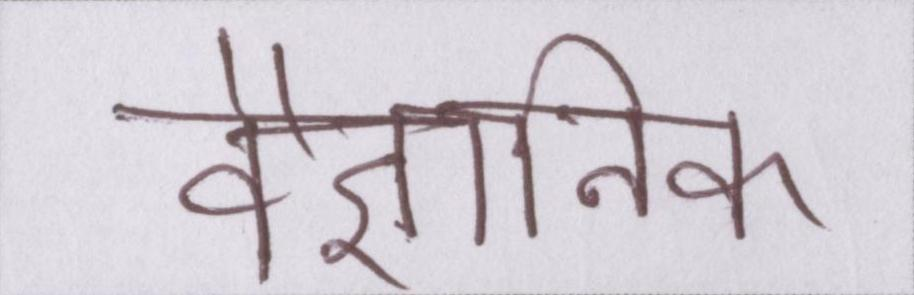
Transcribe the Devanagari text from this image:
वैज्ञानिक